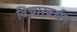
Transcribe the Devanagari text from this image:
विचारवर्धन